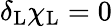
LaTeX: \delta_{\mathrm{{L}}}\chi_{\mathrm{{L}}}=0